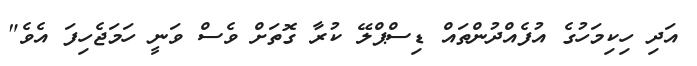
އަދި ހިކިމަހުގެ އުފެއްދުންތައް ޑިސްޕްލޭ ކުރާ ގޮތަށް ވެސް ވަނީ ހަމަޖެހިފަ އެވެ"